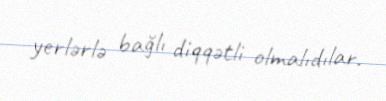
yerlərlə bağlı diqqətli olmalıdılar.